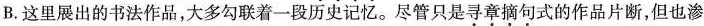
B.这里展出的书法作品，大多勾联着一段历史记忆。尽管只是\underset{·}{寻}\underset{·}{章}\underset{·}{摘}句式的作品片断，但也渗